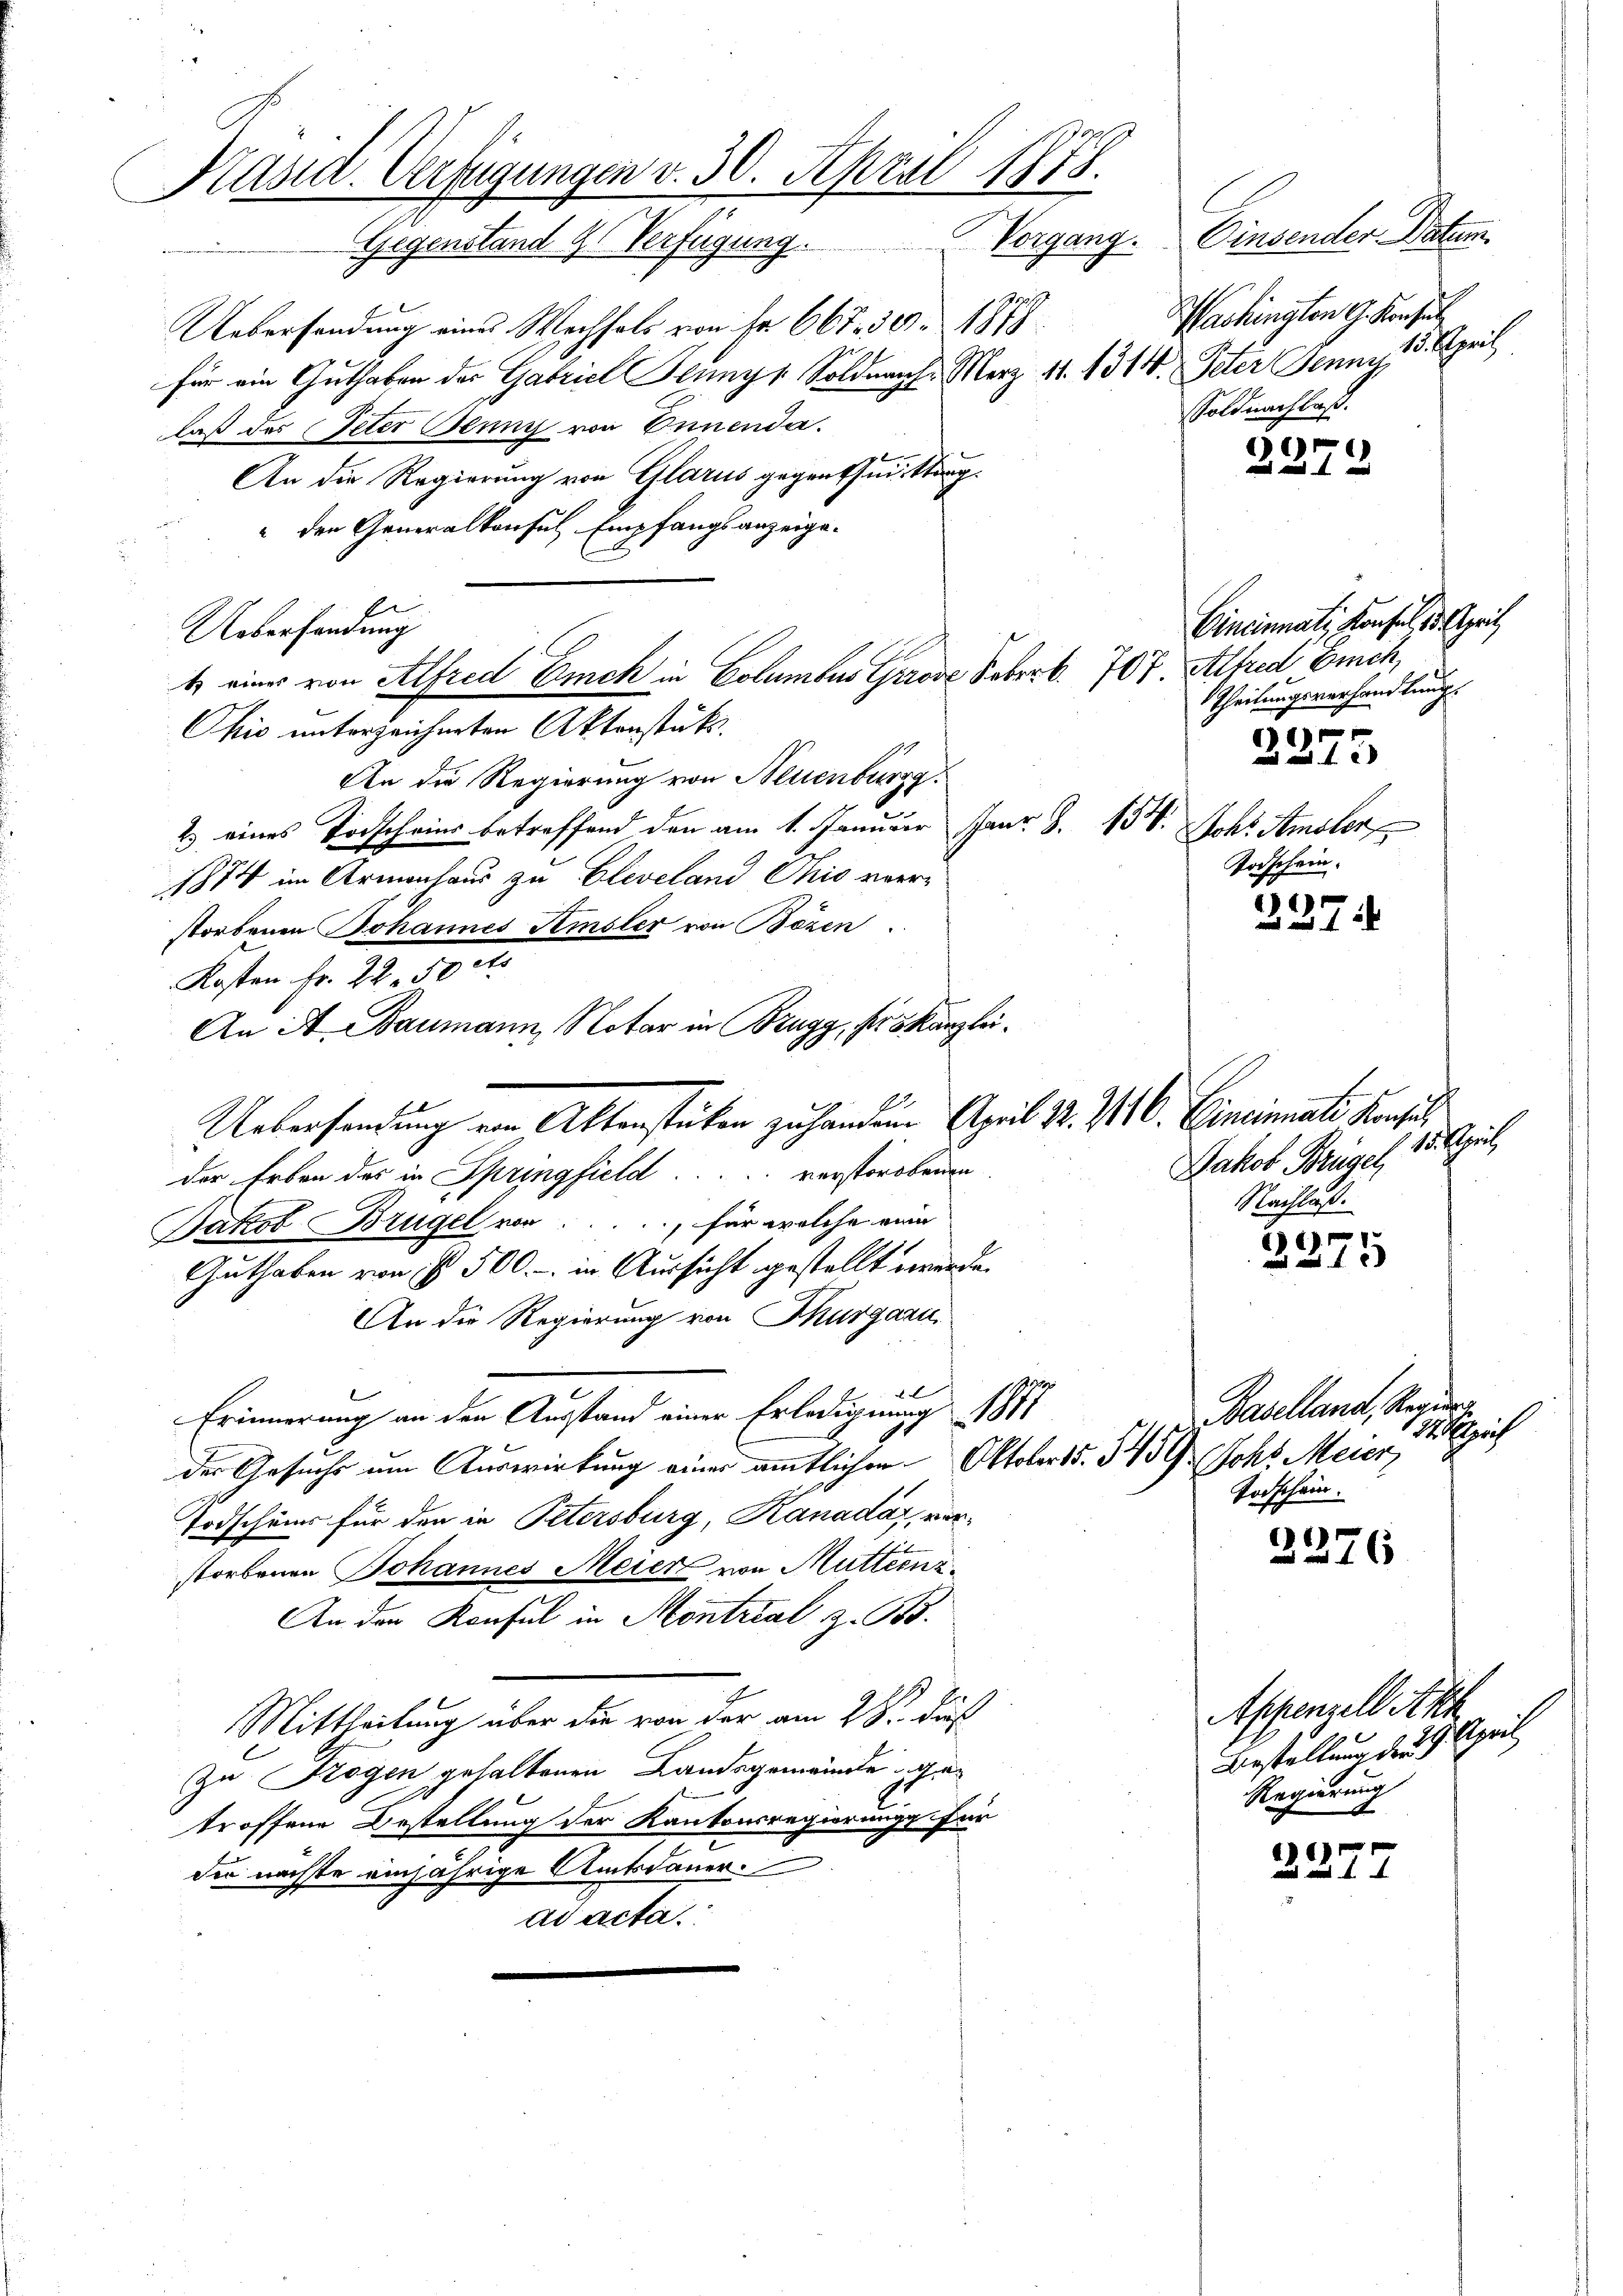
Käsid. Verfügungen v. 30. April 1878.
Gegenstand 4 Verfügung. Vorgang. Einsender Datum
o

t eines von Alfred Euch in Columbus Grose Foberk. 707 Alfred Euch,

Uebersendung eines Wechsels von Fr. 667. 30. 1818.
7
für ein Guthaben der Gabrich Jenny, Soldnach. Merz 11. 1344. Peter Jenny
laß das Peter Jenny von Ennenda.
An die Regierung von Glarus gegenthun. Stang¬
" den Generalkonsul Empfangsanzeige.
Uebersendung
Ohio unterzeichneten Aktenstükt.
An die Regierung von Neuenburg.
2) eines Todscheins betreffend den am 1. Januar Janr. Z. 13. Johs. Amsler
1874 im Armenhaus zu Cleveland Chio verstorbenen Johannes Amsler von Bözen.
Kosten Fr. 22.50 cts
An A. Baumann, Notar in Brugg, ser Kanzlei.
Uebersendung von Aktenstücken zu handen April 23. 76. Einemals Konsul
der Erben des in Springfield verstorbenen
Bakob Brügel von für welche eine
Guthaben von § 500.- in Aussicht gestellt wurde.
An die Regierung von Thurgau
372
1
b
Erinnerung an den Ausstand einer Erledigung 1881
der Gesuche um Auswirkung einer amtlichen Oktober 15. 5459.  Johs. Meier,
Todscheins für den in Petersburg, Kanadaz, vorstorbenen Johannes Meier von Muttern z
An den Konsul in Montrial z. B.
Mittheilung über die von der am 28. dieß
Zu Drogen gehaltenen Landsgemeinde getroffene Bestellung der Kantonsregierung für
der nächte einjährige Amtsdauer.
ad acta.

Washington G. Konsul
10. Apri
Soldnachlaß.

2272

Cincinati Konsul, 5 Spritz
Theilungsverhandlung.
)
n und A
Todschein.

237.

Jakob Brügel, 15. April
Nachlaß.

2375

Baselland, Regier
Sprich
Todschein.

2276

21

Appenzell Aka
pat
Vorstellung der
Regierung
f